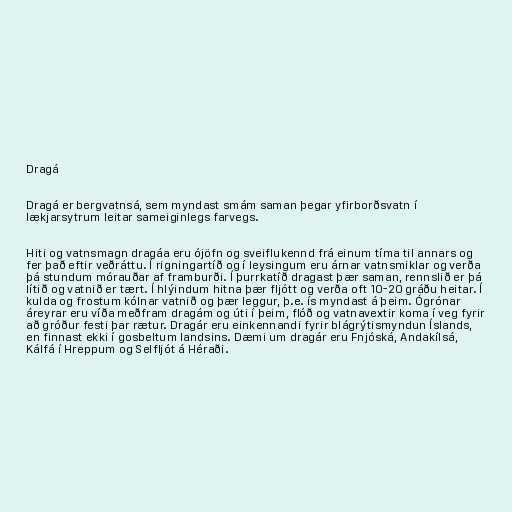
Dragá

Dragá er bergvatnsá, sem myndast smám saman þegar yfirborðsvatn í
lækjarsytrum leitar sameiginlegs farvegs.

Hiti og vatnsmagn dragáa eru ójöfn og sveiflukennd frá einum tíma til annars og
fer það eftir veðráttu. Í rigningartíð og í leysingum eru árnar vatnsmiklar og verða
þá stundum mórauðar af framburði. Í þurrkatíð dragast þær saman, rennslið er þá
lítið og vatnið er tært. Í hlýindum hitna þær fljótt og verða oft 10-20 gráðu heitar. Í
kulda og frostum kólnar vatnið og þær leggur, þ.e. ís myndast á þeim. Ógrónar
áreyrar eru víða meðfram dragám og úti í þeim, flóð og vatnavextir koma í veg fyrir
að gróður festi þar rætur. Dragár eru einkennandi fyrir blágrýtismyndun Íslands,
en finnast ekki í gosbeltum landsins. Dæmi um dragár eru Fnjóská, Andakílsá,
Kálfá í Hreppum og Selfljót á Héraði.